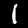
Label: 1